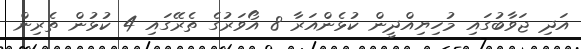
އަދި ޖަވާބުގައި މުހިޔިއްދީން ކުޅެންއަރާ 8 އޯވަރުގެ ތެރޭގައި 4 ކުޅުން ތެރިން